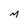
Character: M